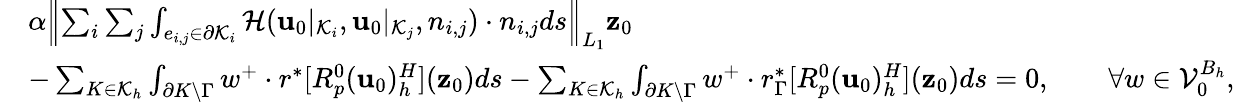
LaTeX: \begin{array}{rl}&{\alpha\left|\! \left|\sum_{i}\sum_{j}\int_{e_{i,j}\in\partial\mathcal{K}_{i}}\mathcal{H}(\mathbf{u}_{0}|_{\mathcal{K}_{i}},\mathbf{u}_{0}|_{\mathcal{K}_{j}},n_{i,j})\cdot n_{i,j}ds\right|\! \right|_{L_{1}}\mathbf{z}_{0}}\\ &{-\sum_{K\in\mathcal{K}_{h}}\int_{\partial K\backslash\Gamma}w^{+}\cdot r^{*}[R_{p}^{0}(\mathbf{u}_{0})_{h}^{H}](\mathbf{z}_{0})ds-\sum_{K\in\mathcal{K}_{h}}\int_{\partial K\backslash\Gamma}w^{+}\cdot r_{\Gamma}^{*}[R_{p}^{0}(\mathbf{u}_{0})_{h}^{H}](\mathbf{z}_{0})ds=0,\qquad\forall w\in\mathcal{V}_{0}^{B_{h}},}\end{array}